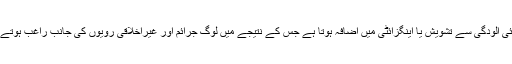
فضائی آلودگی سے تشویش یا اینگزائٹی میں اضافہ ہوتا ہے جس کے نتیجے میں لوگ جرائم اور غیراخلاقی رویوں کی جانب راغب ہوتے ہیں۔